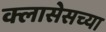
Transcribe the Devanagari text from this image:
क्लासेसच्या